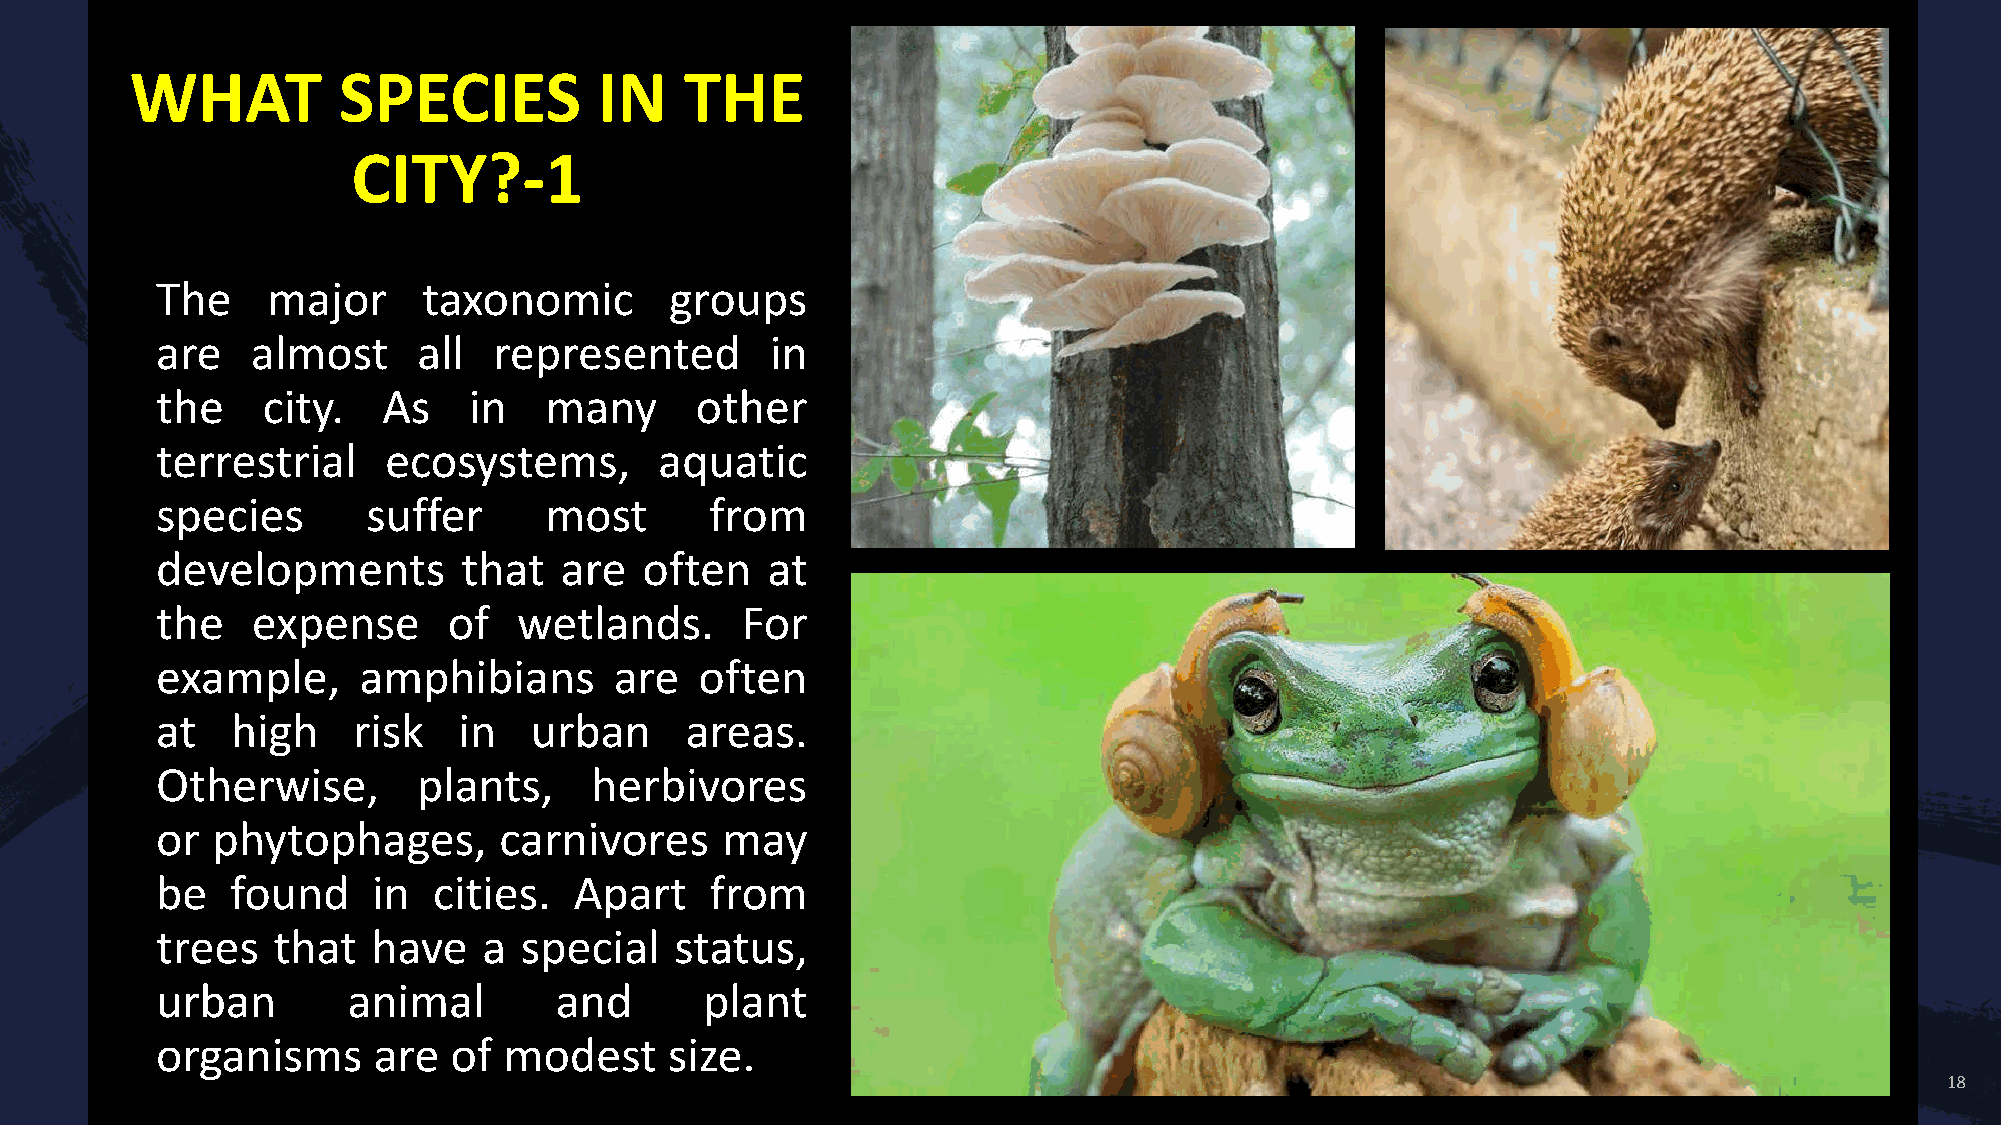
WHAT         SPECIES           IN   THE
 CITY?-1
 The     major     taxonomic       groups
 are    almost     all  represented       in
 the    city.   As    in   many      other
 terrestrial    ecosystems,        aquatic
 species       suffer      most       from
 developments         that  are   often   at
 the    expense      of  wetlands.      For
 example,      amphibians       are  often
 at   high    risk   in   urban     areas.
 Otherwise,        plants,    herbivores
 or  phytophages,       carnivores     may
 be   found     in  cities.  Apart    from
 trees   that   have   a special    status,
 urban        animal        and       plant
 organisms      are  of modest     size.